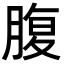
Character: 腹